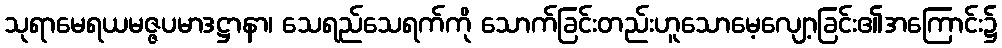
သုရာမေရယမဇ္ဇပမာဒဋ္ဌာနာ၊ သေရည်သေရက်ကို သောက်ခြင်းတည်းဟူသောမေ့လျော့ခြင်း၏အကြောင်း၌